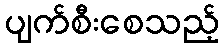
ပျက်စီးစေသည့်